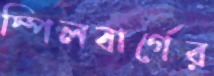
স্পিলবার্গের